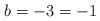
LaTeX: \begin{align*}b= - 3 = - 1\end{align*}